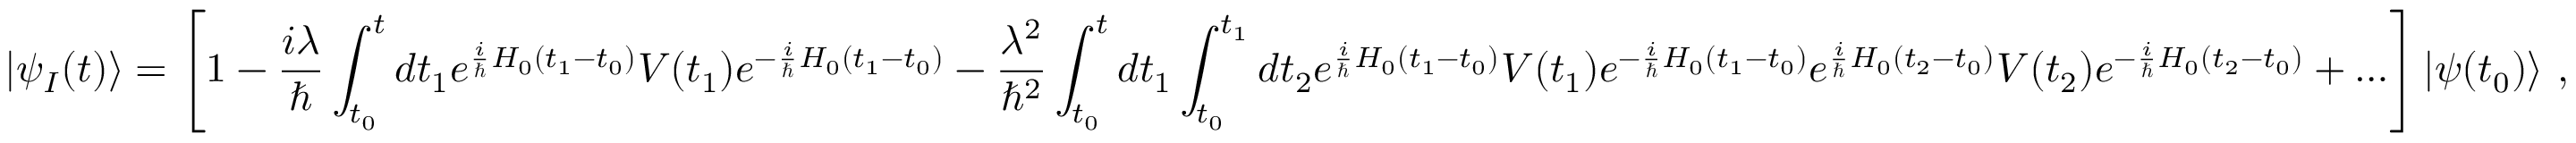
| \psi _ { I } ( t ) \rangle = \left[ 1 - { \frac { i \lambda } { \hbar } } \int _ { t _ { 0 } } ^ { t } d t _ { 1 } e ^ { { \frac { i } { \hbar } } H _ { 0 } ( t _ { 1 } - t _ { 0 } ) } V ( t _ { 1 } ) e ^ { - { \frac { i } { \hbar } } H _ { 0 } ( t _ { 1 } - t _ { 0 } ) } - { \frac { \lambda ^ { 2 } } { \hbar ^ { 2 } } } \int _ { t _ { 0 } } ^ { t } d t _ { 1 } \int _ { t _ { 0 } } ^ { t _ { 1 } } d t _ { 2 } e ^ { { \frac { i } { \hbar } } H _ { 0 } ( t _ { 1 } - t _ { 0 } ) } V ( t _ { 1 } ) e ^ { - { \frac { i } { \hbar } } H _ { 0 } ( t _ { 1 } - t _ { 0 } ) } e ^ { { \frac { i } { \hbar } } H _ { 0 } ( t _ { 2 } - t _ { 0 } ) } V ( t _ { 2 } ) e ^ { - { \frac { i } { \hbar } } H _ { 0 } ( t _ { 2 } - t _ { 0 } ) } + \ldots \right] | \psi ( t _ { 0 } ) \rangle ~ ,